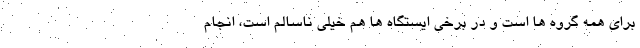
برای همه گروه ها است و در برخی ایستگاه ها هم خیلی ناسالم است، انجام